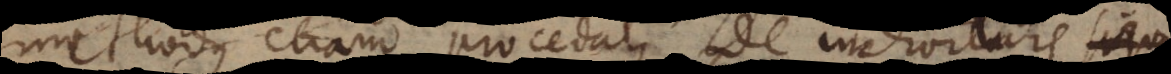
methodus etiam procedat de individuis